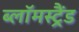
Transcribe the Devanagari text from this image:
ब्लॉमस्ट्रैंड